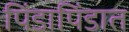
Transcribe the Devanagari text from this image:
पिंडापिंडात